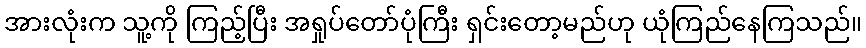
အားလုံးက သူ့ကို ကြည့်ပြီး အရှုပ်တော်ပုံကြီး ရှင်းတော့မည်ဟု ယုံကြည်နေကြသည်။